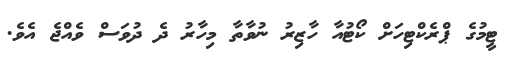
ޓީމުގެ ޕްރެކްޓިހަށް ކޯޓުއާ ހާޒިރު ނުވާތާ މިހާރު ދެ ދުވަސް ވެއްޖެ އެވެ.